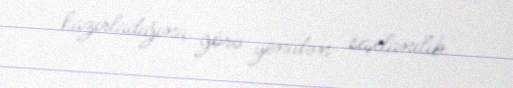
hazırladığına görə yenidən saxlanılıb.